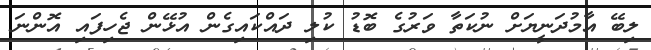
ލިބޭ އާމުދަނީޔަށް ނުކަތާ ވަރުގެ ބޮޑު ކުލި ދައްކައިގެން އުޅޭން ޖެހިފައި އޮންނަ